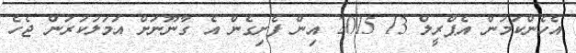
އެެހެންކަމުން އެޕްރީލް 13 2015 އިން ފެށިގެން އެ ގާނޫނަށް އަމަލުކުރަން ޖެހެ